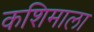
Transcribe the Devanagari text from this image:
कशिमाला